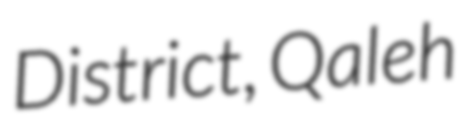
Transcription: District, Qaleh